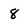
Character: 8